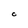
Character: C